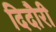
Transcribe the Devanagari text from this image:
दिदौरी